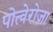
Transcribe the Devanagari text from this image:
पोत्वेरोजा